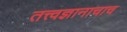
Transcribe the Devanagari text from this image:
तत्त्वज्ञानाचाच